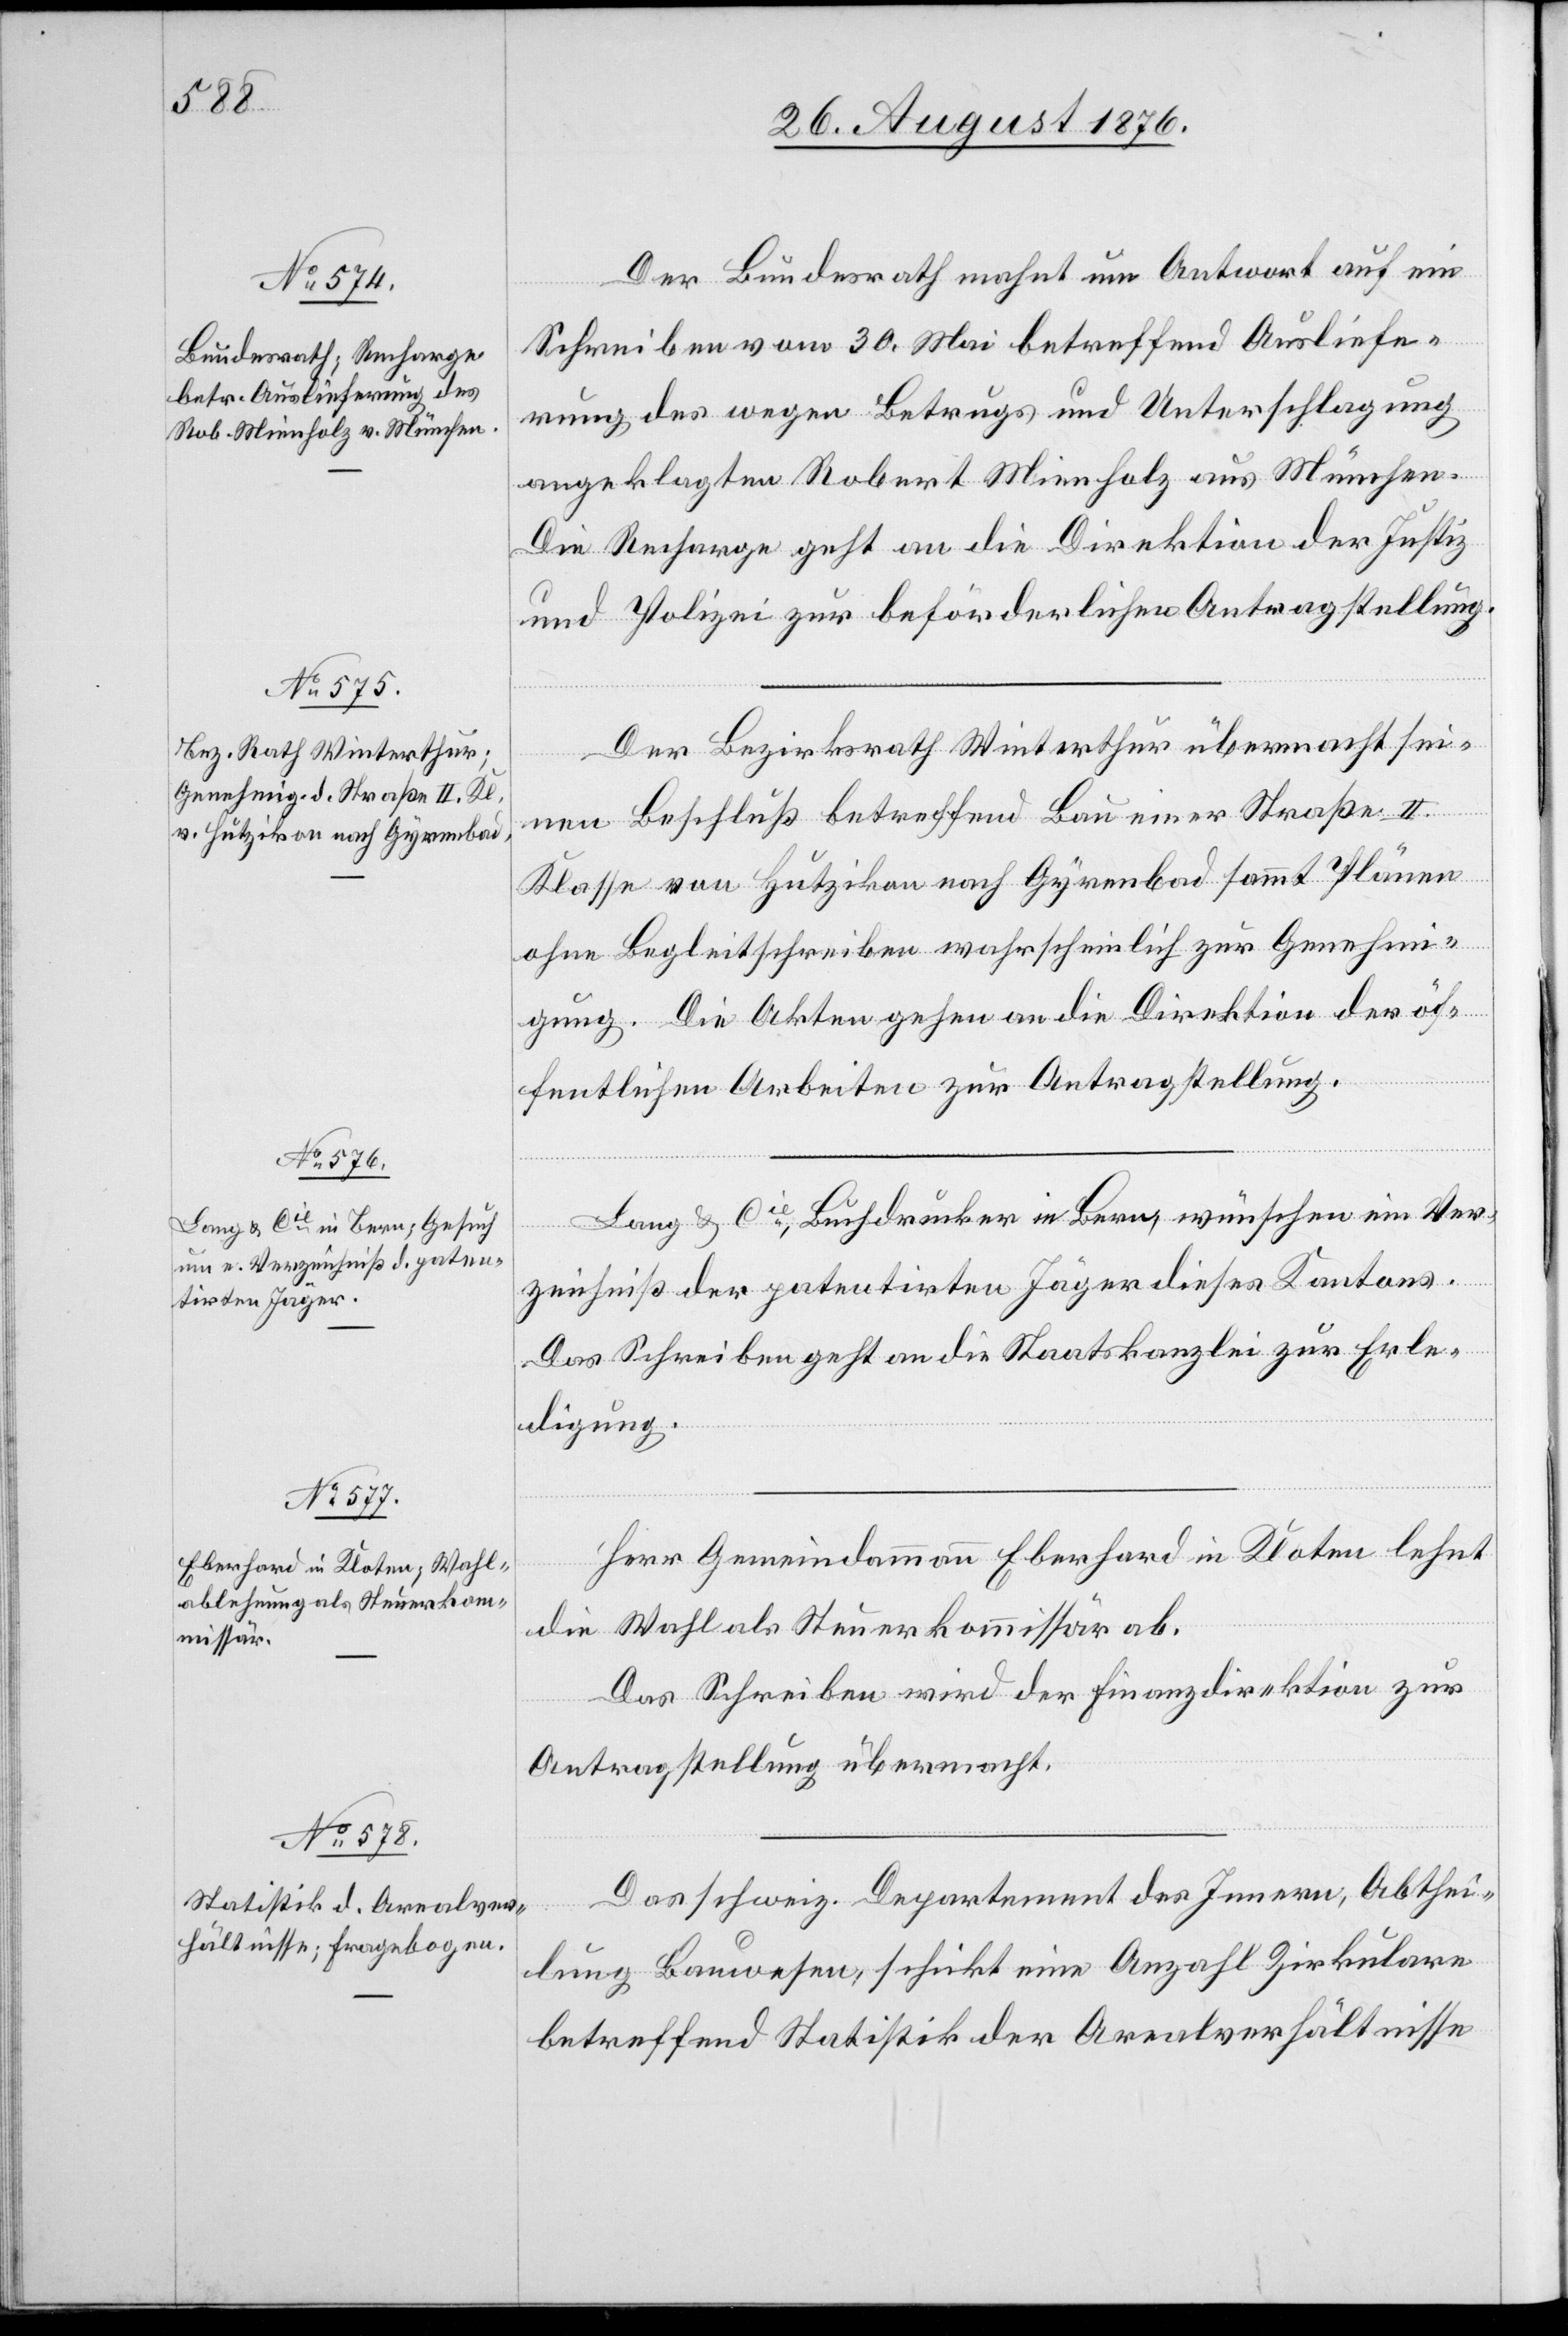
Der Bundesrath mahnt um Antwort auf ein
Schreiben vom 30. Mai betreffend Ausliefe¬
rung des wegen Betrugs und Unterschlagung
angeklagten Robert Minnholz aus München.
Die Recharge geht an die Direktion der Justiz
und Polizei zur beförderlichen Antragstellung.
Der Bezirksrath Winterthur übermacht sei¬
nen Beschluß betreffend Bau einer Straße II.
Klasse von Hutzikon nach Gyrenbad sammt Plänen
ohne Begleitschreiben wahrscheinlich zur Genehmi¬
gung. Die Akten gehen an die Direktion der öf¬
fentlichen Arbeiten zur Antragstellung.
Lang & Cie, Buchdrucker in Bern, wünschen ein Ver¬
1.
zeichniß der patentirten Jäger dieses Kantons.
Das Schreiben geht an die Staatskanzlei zur Erle¬
digung.
Herr Gemeindammann Eberhard in Kloten lehnt
die Wahl als Steuerkommissär ab.
Das Schreiben wird der Finanzdirektion zur
Antragstellung übermacht.
Das schweiz. Departement des Innern, Abthei¬
lung Bauwesen, schickt eine Anzahl Zirkulare
betreffend Statistik der Arealverhältnisse